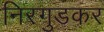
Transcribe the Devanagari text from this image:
निरगुडकर